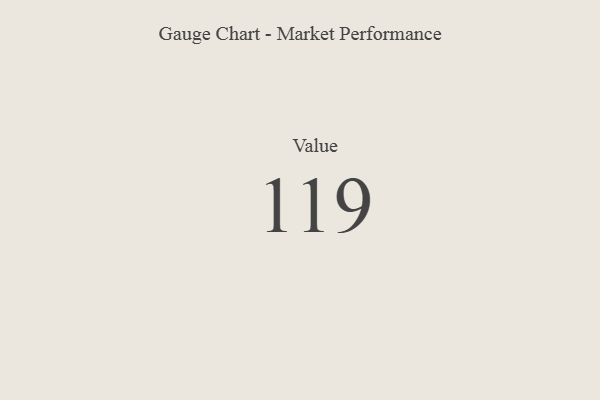
{"axis": {"x": "Metric", "y": "Value"}, "legend": [""], "data": [{"x": "Value", "y": 119, "type": ""}]}